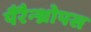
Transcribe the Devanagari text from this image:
पैरैन्थ्रोपस